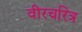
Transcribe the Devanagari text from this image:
वीरचरित्र